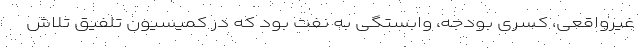
غیرواقعی، کسری بودجه، وابستگی به نفت بود که در کمیسیون تلفیق تلاش